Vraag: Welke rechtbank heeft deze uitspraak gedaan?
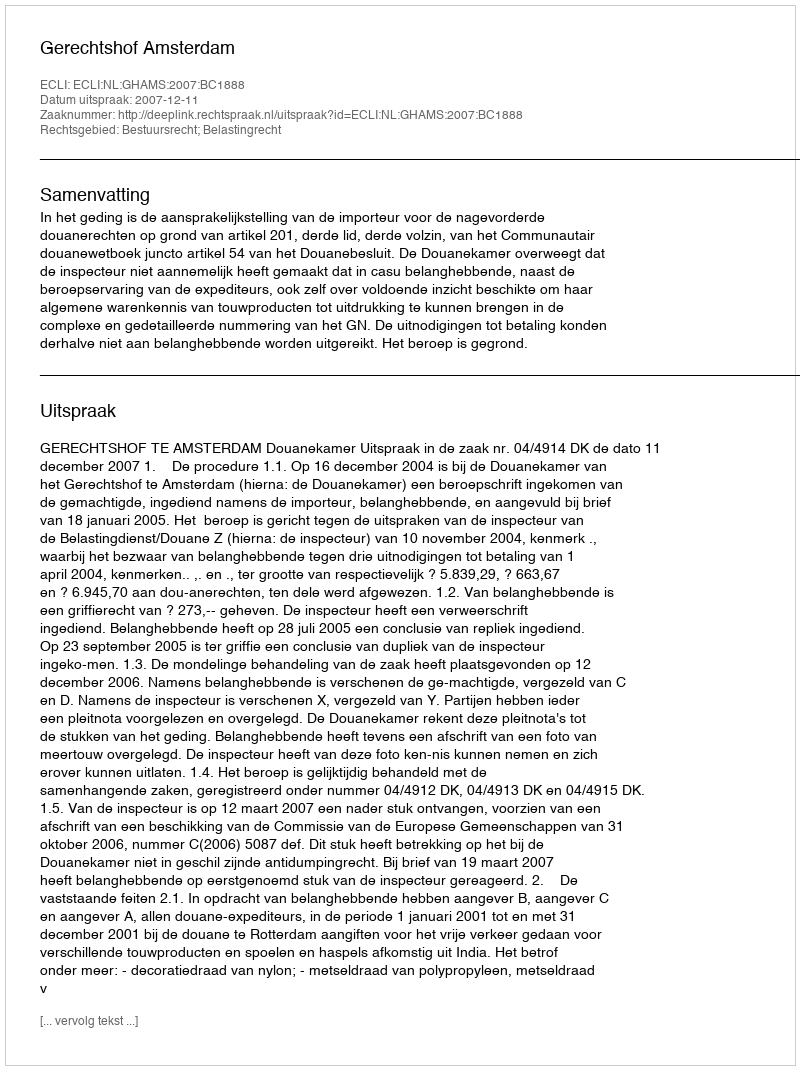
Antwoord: Gerechtshof Amsterdam